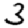
Digit: 3